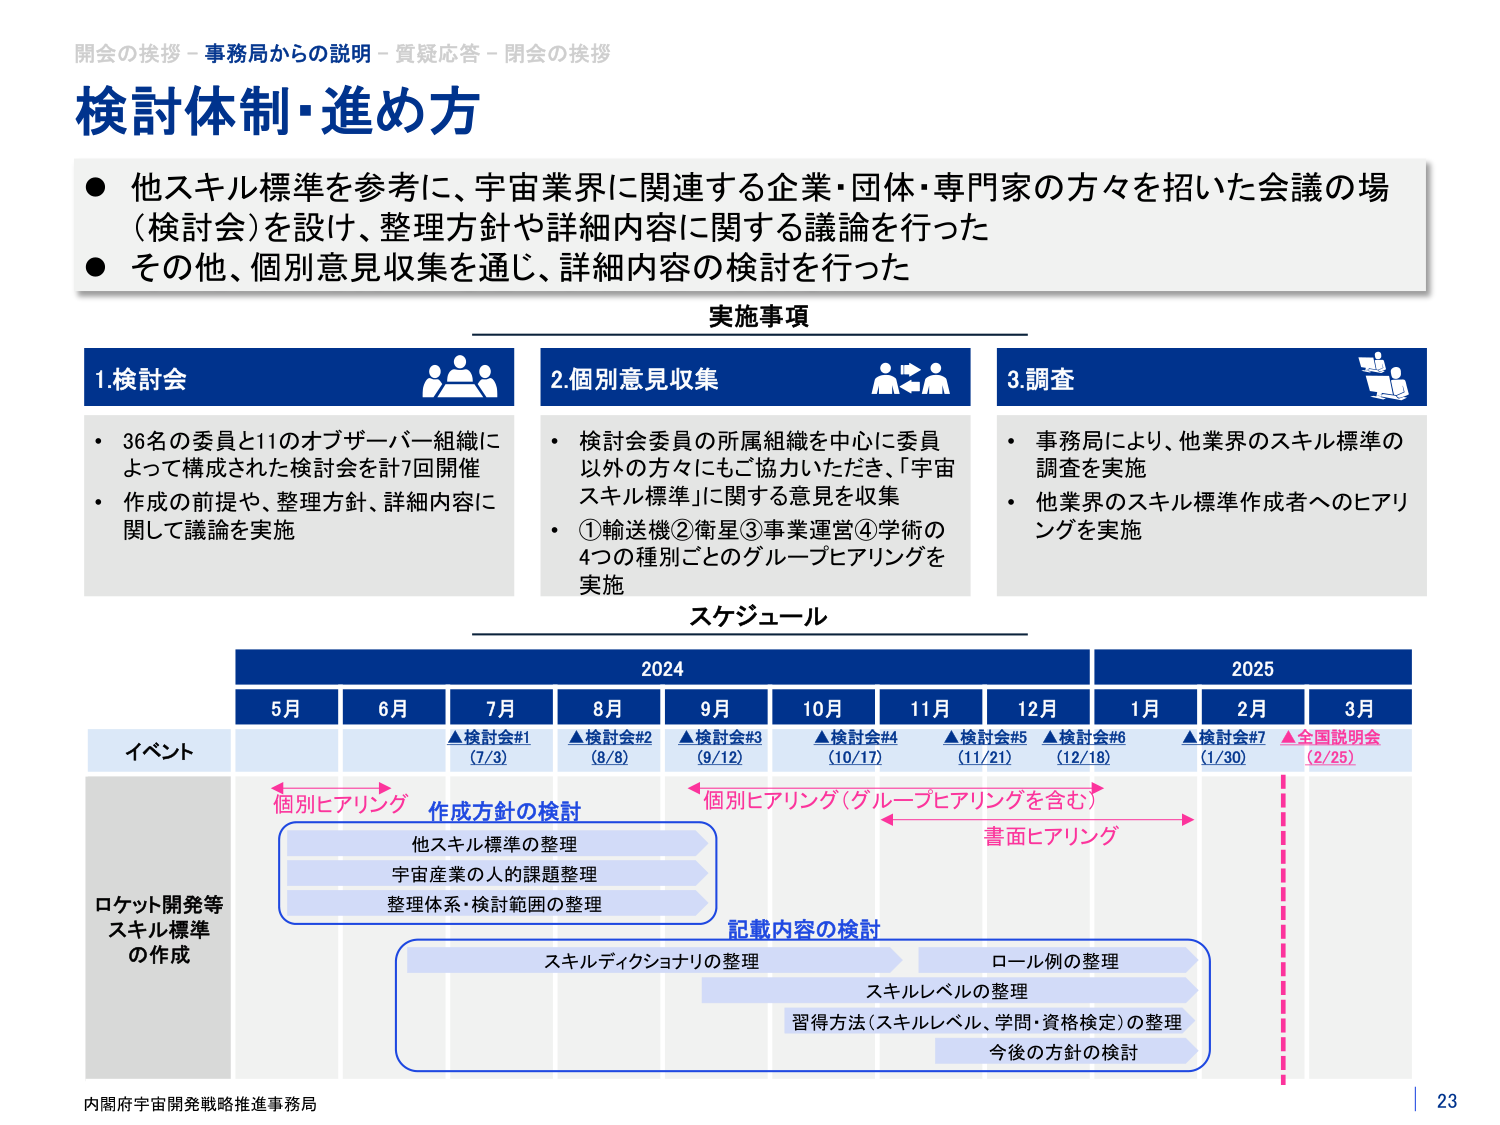
開会の挨拶 - 事務局からの説明 - 質疑応答 - 閉会の挨拶
検討体制・進め方
● 他スキル標準を参考に、宇宙業界に関連する企業・団体・専門家の方々を招いた会議の場（検討会）を設け、整理方針や詳細内容に関する議論を行った
● その他、個別意見収集を通じ、詳細内容の検討を行った

実施事項

1. 検討会
・ 36名の委員と11のオブザーバー組織によって構成された検討会を計7回開催
・ 作成の前提や、整理方針、詳細内容に関して議論を実施

2. 個別意見収集
・ 検討会委員の所属組織を中心に委員以外の方々にもご協力いただき、「宇宙スキル標準」に関する意見を収集
・ ①輸送機②衛星③事業運営④学術の4つの種別ごとのグループヒアリングを実施

3. 調査
・ 事務局により、他業界のスキル標準の調査を実施
・ 他業界のスキル標準作成者へのヒアリングを実施

スケジュール

2024 2025
5月 6月 7月 8月 9月 10月 11月 12月 1月 2月 3月
イベント
▲検討会#1 (7/3)
▲検討会#2 (8/8)
▲検討会#3 (9/12)
▲検討会#4 (10/17)
▲検討会#5 (11/21)
▲検討会#6 (12/18)
▲検討会#7 (1/30)
▲全国説明会 (2/25)

ロケット開発等 スキル標準 の作成

個別ヒアリング 作成方針の検討
他スキル標準の整理
宇宙産業の人的課題整理
整理体系・検討範囲の整理

個別ヒアリング（グループヒアリングを含む）
書面ヒアリング

記載内容の検討
スキルディクショナリの整理
ロール例の整理
スキルレベルの整理
習得方法（スキルレベル、学問・資格検定）の整理
今後の方針の検討

内閣府宇宙開発戦略推進事務局
23